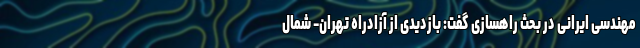
مهندسی ایرانی در بحث راهسازی گفت: بازدیدی از آزادراه تهران- شمال